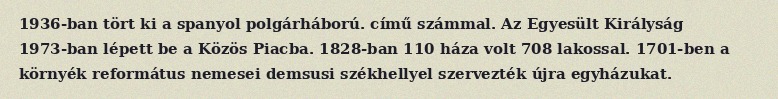
1936-ban tört ki a spanyol polgárháború. című számmal. Az Egyesült Királyság 1973-ban lépett be a Közös Piacba. 1828-ban 110 háza volt 708 lakossal. 1701-ben a környék református nemesei demsusi székhellyel szervezték újra egyházukat.